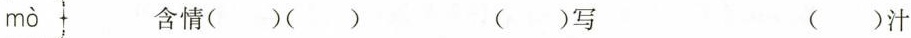
mò 含情( )( ) ( )写 ( )汁